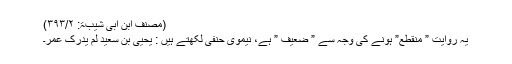
(مصنف ابن ابی شیبۃ: ۳۹۳/۲)
یہ روایت ” منقطع” ہونے کی وجہ سے ” ضعیف ” ہے، نیموی حنفی لکھتے ہیں : یحیی بن سعید لم یدرک عمر۔